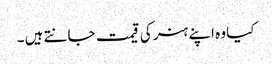
کیا وہ اپنے ہنر کی قیمت جانتے ہیں ۔